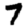
Digit: 7